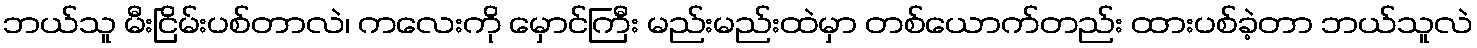
ဘယ်သူ မီးငြိမ်းပစ်တာလဲ၊ ကလေးကို မှောင်ကြီး မည်းမည်းထဲမှာ တစ်ယောက်တည်း ထားပစ်ခဲ့တာ ဘယ်သူလဲ